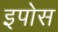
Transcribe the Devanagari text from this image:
इपोस